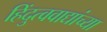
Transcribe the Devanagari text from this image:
हिंदुत्ववाद्यांच्या